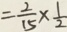
= \frac { 2 } { 1 5 } \times \frac { 1 } { 2 }